Vaccination United Provinces of Agra and Oudh 1902-1913 - 1902-1913
Year: 1902
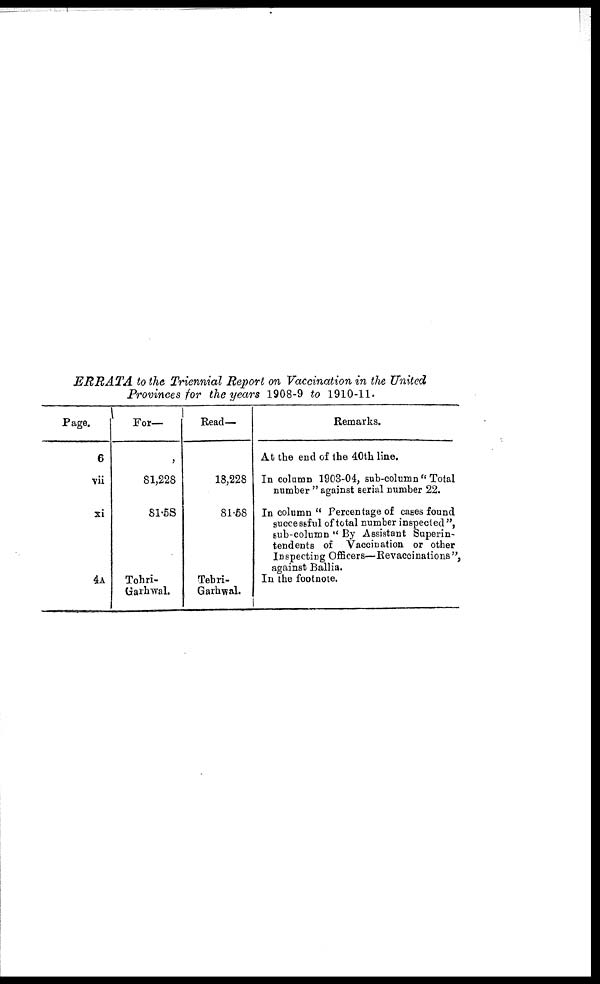
ERRATA to the Triennial Report on Vaccination in the United
Provinces for the years 1908-9 to 1910-11.
Page.
6
vii
xi
4A
For—
,
81,228
81.58
Tohri-
Garhwal.
Read—
18,228
81.58
Tehri-
Garhwal.
Remarks.
At the end of the 40th line.
In column 1903-04, sub-column " Total
number " against serial number 22.
In column " Percentage of cases found
successful of total number inspected",
sub-column " By Assistant Superin-
tendents of Vaccination or other
Inspecting Officers—Revaccinations",
against Ballia.
In the footnote.